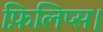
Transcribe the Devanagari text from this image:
फ़िलिप्स।